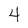
Character: 4